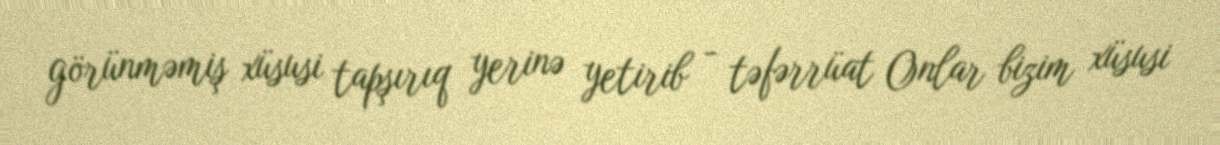
görünməmiş xüsusi tapşırıq yerinə yetirib - təfərrüat Onlar bizim xüsusi